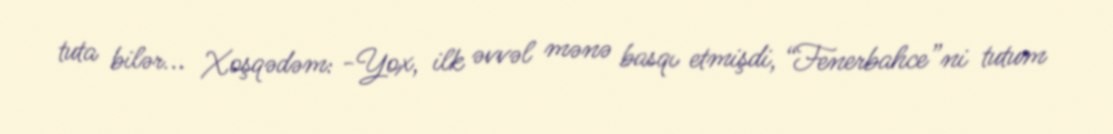
tuta bilər... Xoşqədəm: -Yox, ilk əvvəl mənə basqı etmişdi, “Fenerbahce”ni tutum